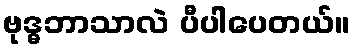
ဗုဒ္ဓဘာသာလဲ ပီပါပေတယ်။